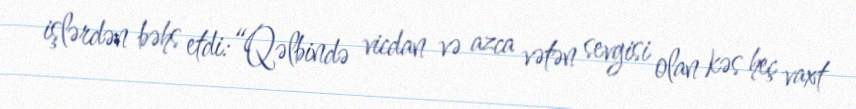
işlərdən bəhs etdi:“Qəlbində vicdan və azca vətən sevgisi olan kəs heç vaxt